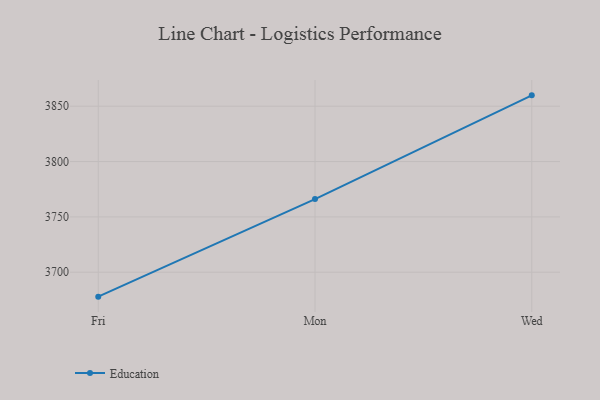
{"axis": {"x": "Day", "y": "Humidity (%)"}, "legend": ["Education"], "data": [{"x": "Fri", "y": 3677.9, "type": "Education"}, {"x": "Mon", "y": 3766.1, "type": "Education"}, {"x": "Wed", "y": 3859.8, "type": "Education"}]}